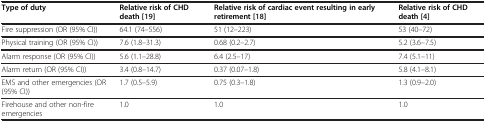
| Type of duty | Relative risk of CHD death[19] | Relative risk of cardiac event resulting in early retirement[18] | Relative risk of CHD death[4] |
 | --- | --- | --- | --- |
 | Fire suppression (OR (95% CI)) | 64.1 (74–556) | 51 (12–223) | 53 (40–72) |
 | Physical training (OR (95% CI)) | 7.6 (1.8–31.3) | 0.68 (0.2–2.7) | 5.2 (3.6–7.5) |
 | Alarm response (OR (95% CI)) | 5.6 (1.1–28.8) | 6.4 (2.5–17) | 7.4 (5.1–11) |
 | Alarm return (OR (95% CI)) | 3.4 (0.8–14.7) | 0.37 (0.07–1.8) | 5.8 (4.1–8.1) |
 | EMS and other emergencies (OR (95% CI)) | 1.7 (0.5–5.9) | 0.75 (0.3–1.8) | 1.3 (0.9–2.0) |
 | Firehouse and other non-fire emergencies | 1.0 | 1.0 | 1.0 |